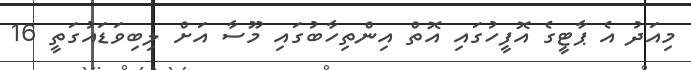
މިއަދު އެ ޕާޓީގެ އޮފީހުގައި އޮތް އިންތިހާބުގައި މޫސާ އަށް ލިބިވަޑައުގަތީ 16